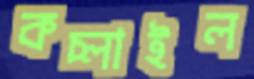
কচ্‌লাইল